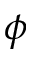
\phi